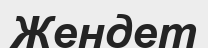
Жендет